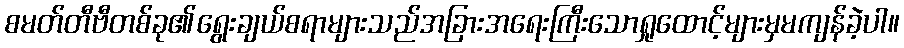
စမတ်တီဗီတစ်ခု၏ရွေးချယ်စရာများသည်အခြားအရေးကြီးသောရှုထောင့်များမှမကျန်ခဲ့ပါ။